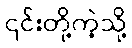
၎င်းတို့ကဲ့သို့